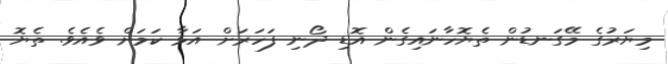
މިޔަރުގެ މޭގަނޑުން ތެޔޮހާނައިގެން އޮޑި ދޯނި ފަހަރަށް އަޅާ ކަމަށް ވެއެވެ. ތެޔޮ